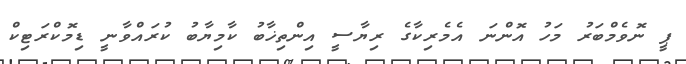
ޕީ ނޮވެމްބަރު މަހު އޮންނަ އެމެރިކާގެ ރިޔާސީ އިންތިޚާބު ކާމިޔާބު ކުރައްވާނީ ޑިމޮކްރަޓިކް